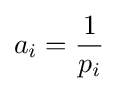
a_{i}={\frac {1}{p_{i}}}